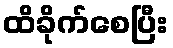
ထိခိုက်စေပြီး